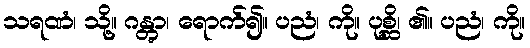
သရဏံ၊ သို့။ ဂန္တွာ၊ ရောက်၍။ ပညံ၊ ကို။ ပုစ္ဆိ၊ ၏။ ပညံ၊ ကို။